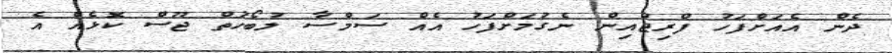
ދެން އެއަށްފަހު ފްރިޖްއިން ނެގުމަށްފަހު އެއް ސަމްސާ ލުބޯހުތް ޖޫސް ކޮޅެއް އެ